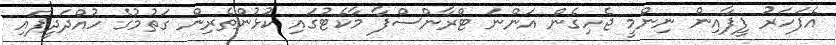
އެފަހަރު ފީފާއިން ނިންމީ ޖެހިގެން އަންނަ ޓްރާންސްފާ މާކެޓުގައި ކުޅުންތެރިން ގަތުމުގެ ހުއްދަދީފައި